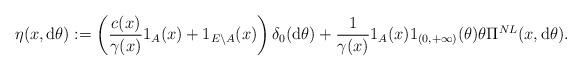
LaTeX: \begin{align*} \eta(x,{\rm d}\theta) :=\left(\frac{c(x)}{\gamma(x)}1_{A}(x)+1_{E\setminus A}(x)\right)\delta_{0}({\rm d}\theta) +\frac{1}{\gamma (x)}1_{A}(x)1_{(0,+\infty)}(\theta)\theta\Pi^{NL}(x,{\rm d}\theta).\end{align*}